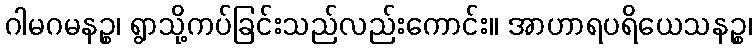
ဂါမဂမနဉ္စ၊ ရွာသို့ကပ်ခြင်းသည်လည်းကောင်း။ အာဟာရပရိယေသနဉ္စ၊